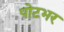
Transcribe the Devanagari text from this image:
पोटभर